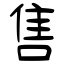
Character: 售